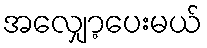
အလျှော့ပေးမယ်